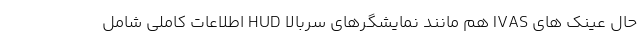
حال عینک های IVAS هم مانند نمایشگرهای سربالا HUD اطلاعات کاملی شامل